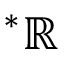
{ } ^ { \ast } \mathbb { R }